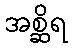
အစ္ဆိရ